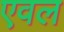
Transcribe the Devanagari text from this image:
एवल